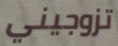
تزوجيني